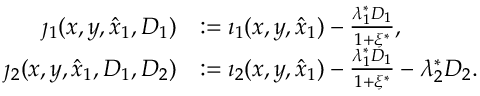
\begin{array} { r l } { \jmath _ { 1 } ( x , y , \hat { x } _ { 1 } , D _ { 1 } ) } & { : = \imath _ { 1 } ( x , y , \hat { x } _ { 1 } ) - \frac { \lambda _ { 1 } ^ { * } D _ { 1 } } { 1 + \xi ^ { * } } , } \\ { \jmath _ { 2 } ( x , y , \hat { x } _ { 1 } , D _ { 1 } , D _ { 2 } ) } & { : = \imath _ { 2 } ( x , y , \hat { x } _ { 1 } ) - \frac { \lambda _ { 1 } ^ { * } D _ { 1 } } { 1 + \xi ^ { * } } - \lambda _ { 2 } ^ { * } D _ { 2 } . } \end{array}